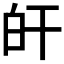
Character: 𤽂